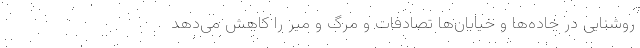
روشنایی در جاده‌ها و خیابان‌ها تصادفات و مرگ و میر را کاهش می‌دهد